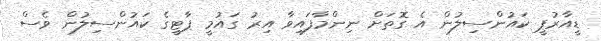
ޑީއާރުޕީ ކައުންސިލުން އެ ގޮތަށް ނިންމާފައިވާ އިރު ގައުމީ ޕާޓީގެ ކައުންސިލުން ވެސް